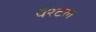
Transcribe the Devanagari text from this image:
पैरंटल